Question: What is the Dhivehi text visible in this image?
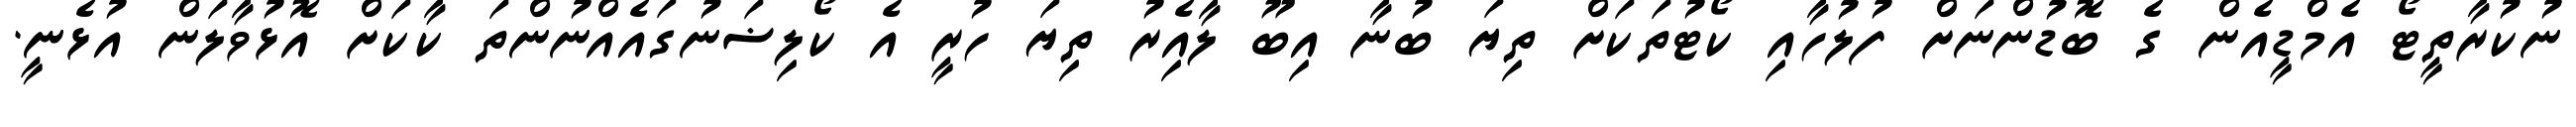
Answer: ނުކުރާތީޓޯ އެމްޑީއެން ގެ ބޮޑުންނަށް ފުލުހާއި ކޯޓުތަކަށް ތިޔަ ބުނާ އިބޫ ލާއެިރު ތިޔަ ހުރީ އެ ކޯލިޟަނުގައެއްނުންތަ ކާކަށް އޮޅުވާލަން އުޅެނީ.